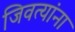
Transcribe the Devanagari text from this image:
जिवत्यांना